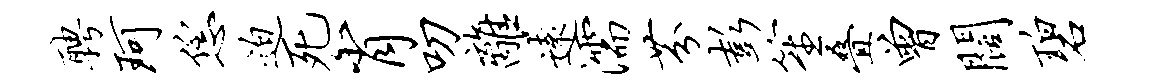
聘珂恁迫死肖叨离远濡芬彭笙叠曾阔碧